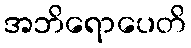
အဘိရောပေတိ